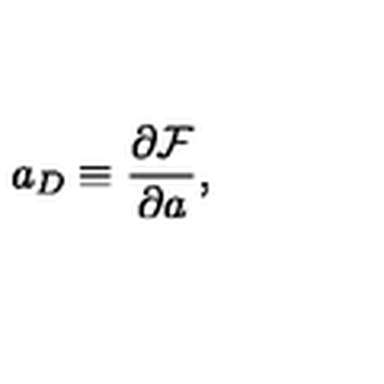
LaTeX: a _ { D } \equiv \frac { \partial { \cal F } } { \partial a } ,